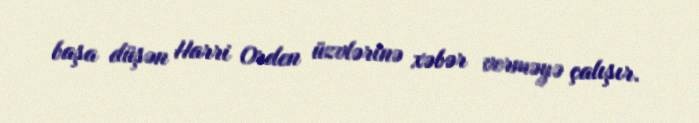
başa düşən Harri Orden üzvlərinə xəbər verməyə çalışır.